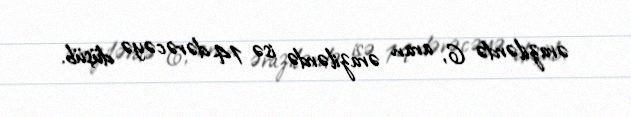
ərazilərdə 6, aran ərazilərdə isə 14 dərəcəyə düşüb.